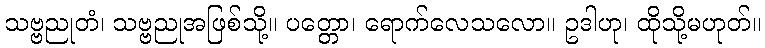
သဗ္ဗညုတံ၊ သဗ္ဗညုအဖြစ်သို့။ ပတ္တော၊ ရောက်လေသလော။ ဥဒါဟု၊ ထိုသို့မဟုတ်။